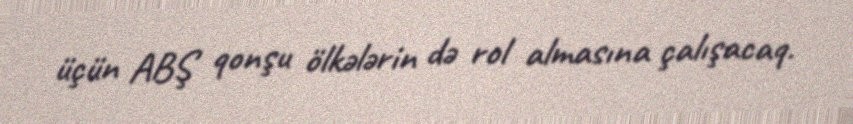
üçün ABŞ qonşu ölkələrin də rol almasına çalışacaq.